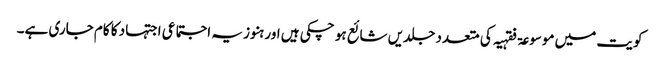
کویت میں موسوعۃ فقہیہ کی متعدد جلدیں شائع ہو چکی ہیں اور ہنوز یہ اجتماعی اجتہاد کا کام جاری ہے۔